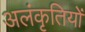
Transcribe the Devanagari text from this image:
अलंकृतियों